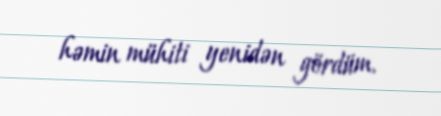
həmin mühiti yenidən gördüm.